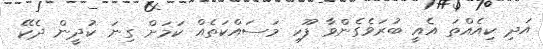
އަދި ކިއެއްތަ އެއީ ބުރަވެގެންވާ ފޫހި މަސައްކަތެއް ކަމަށް ގިނަ ކުދީން ދެކޭ